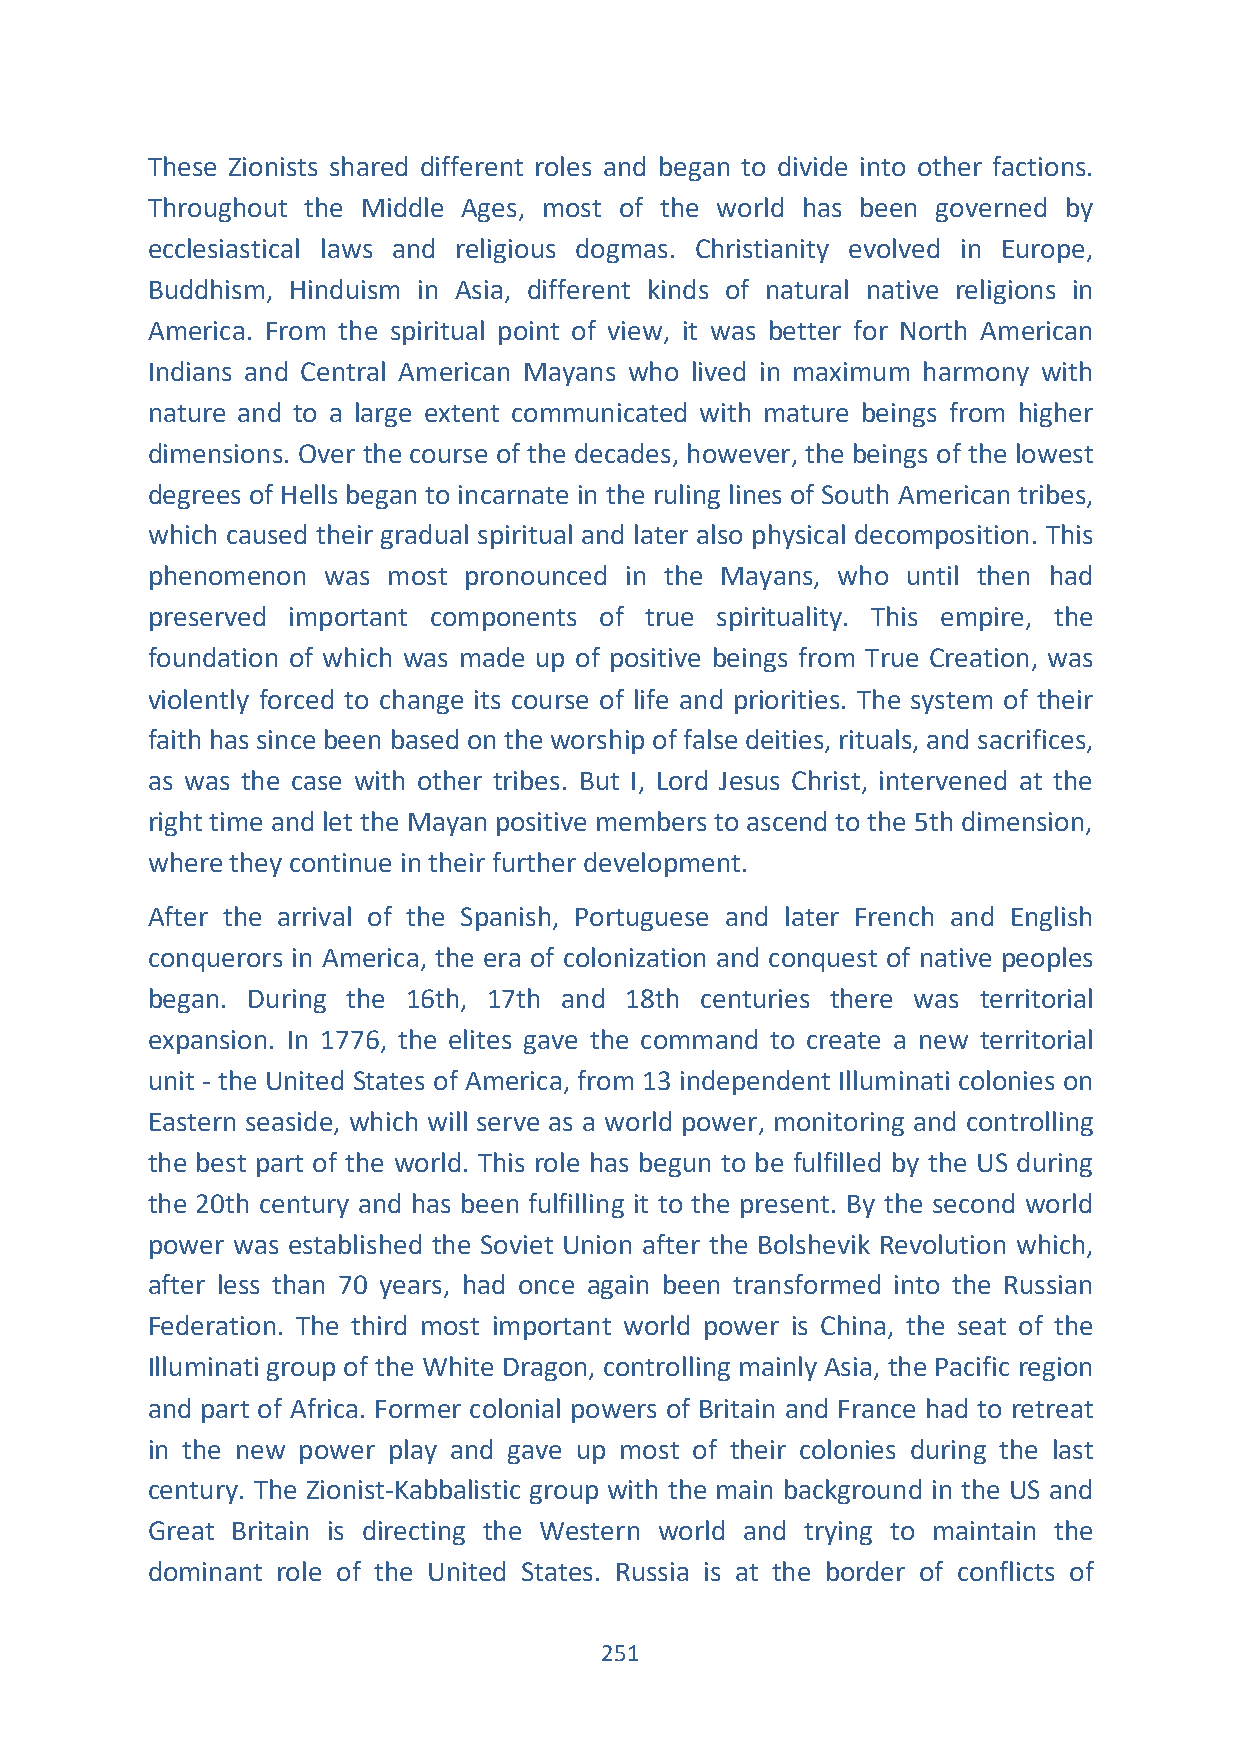
These Zionists shared different roles and began to divide into other factions.
 Throughout the Middle Ages, most of the world has been governed by
 ecclesiastical laws and religious dogmas. Christianity evolved in Europe,
 Buddhism, Hinduism in Asia, different kinds of natural native religions in
 America. From the spiritual point of view, it was better for North American
 Indians and Central American Mayans who lived in maximum harmony with
 nature and to a large extent communicated with mature beings from higher
 dimensions. Over the course of the decades, however, the beings of the lowest
 degrees of Hells began to incarnate in the ruling lines of South American tribes,
 which caused their gradual spiritual and later also physical decomposition. This
 phenomenon was  most pronounced in the Mayans, who until then had
 preserved important components of true spirituality. This empire, the
 foundation of which was made up of positive beings from True Creation, was
 violently forced to change its course of life and priorities. The system of their
 faith has since been based on the worship of false deities, rituals, and sacrifices,
 as was the case with other tribes. But I, Lord Jesus Christ, intervened at the
 right time and let the Mayan positive members to ascend to the 5th dimension,
 where they continue in their further development.
 After the arrival of the Spanish, Portuguese and later French and English
 conquerors in America, the era of colonization and conquest of native peoples
 began. During the 16th, 17th and 18th centuries there was territorial
 expansion. In 1776, the elites gave the command to create a new territorial
 unit - the United States of America, from 13 independent Illuminati colonies on
 Eastern seaside, which will serve as a world power, monitoring and controlling
 the best part of the world. This role has begun to be fulfilled by the US during
 the 20th century and has been fulfilling it to the present. By the second world
 power was established the Soviet Union after the Bolshevik Revolution which,
 after less than 70 years, had once again been transformed into the Russian
 Federation. The third most important world power is China, the seat of the
 Illuminati group of the White Dragon, controlling mainly Asia, the Pacific region
 and part of Africa. Former colonial powers of Britain and France had to retreat
 in the new power play and gave up most of their colonies during the last
 century. The Zionist-Kabbalistic group with the main background in the US and
 Great Britain is directing the Western world and trying to maintain the
 dominant role of the United States. Russia is at the border of conflicts of
 251